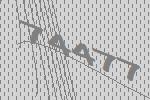
74477